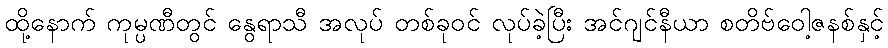
ထို့နောက် ကုမ္ပဏီတွင် နွေရာသီ အလုပ် တစ်ခုဝင် လုပ်ခဲ့ပြီး အင်ဂျင်နီယာ စတိဗ်ဝေါ့ဇနစ်နှင့်